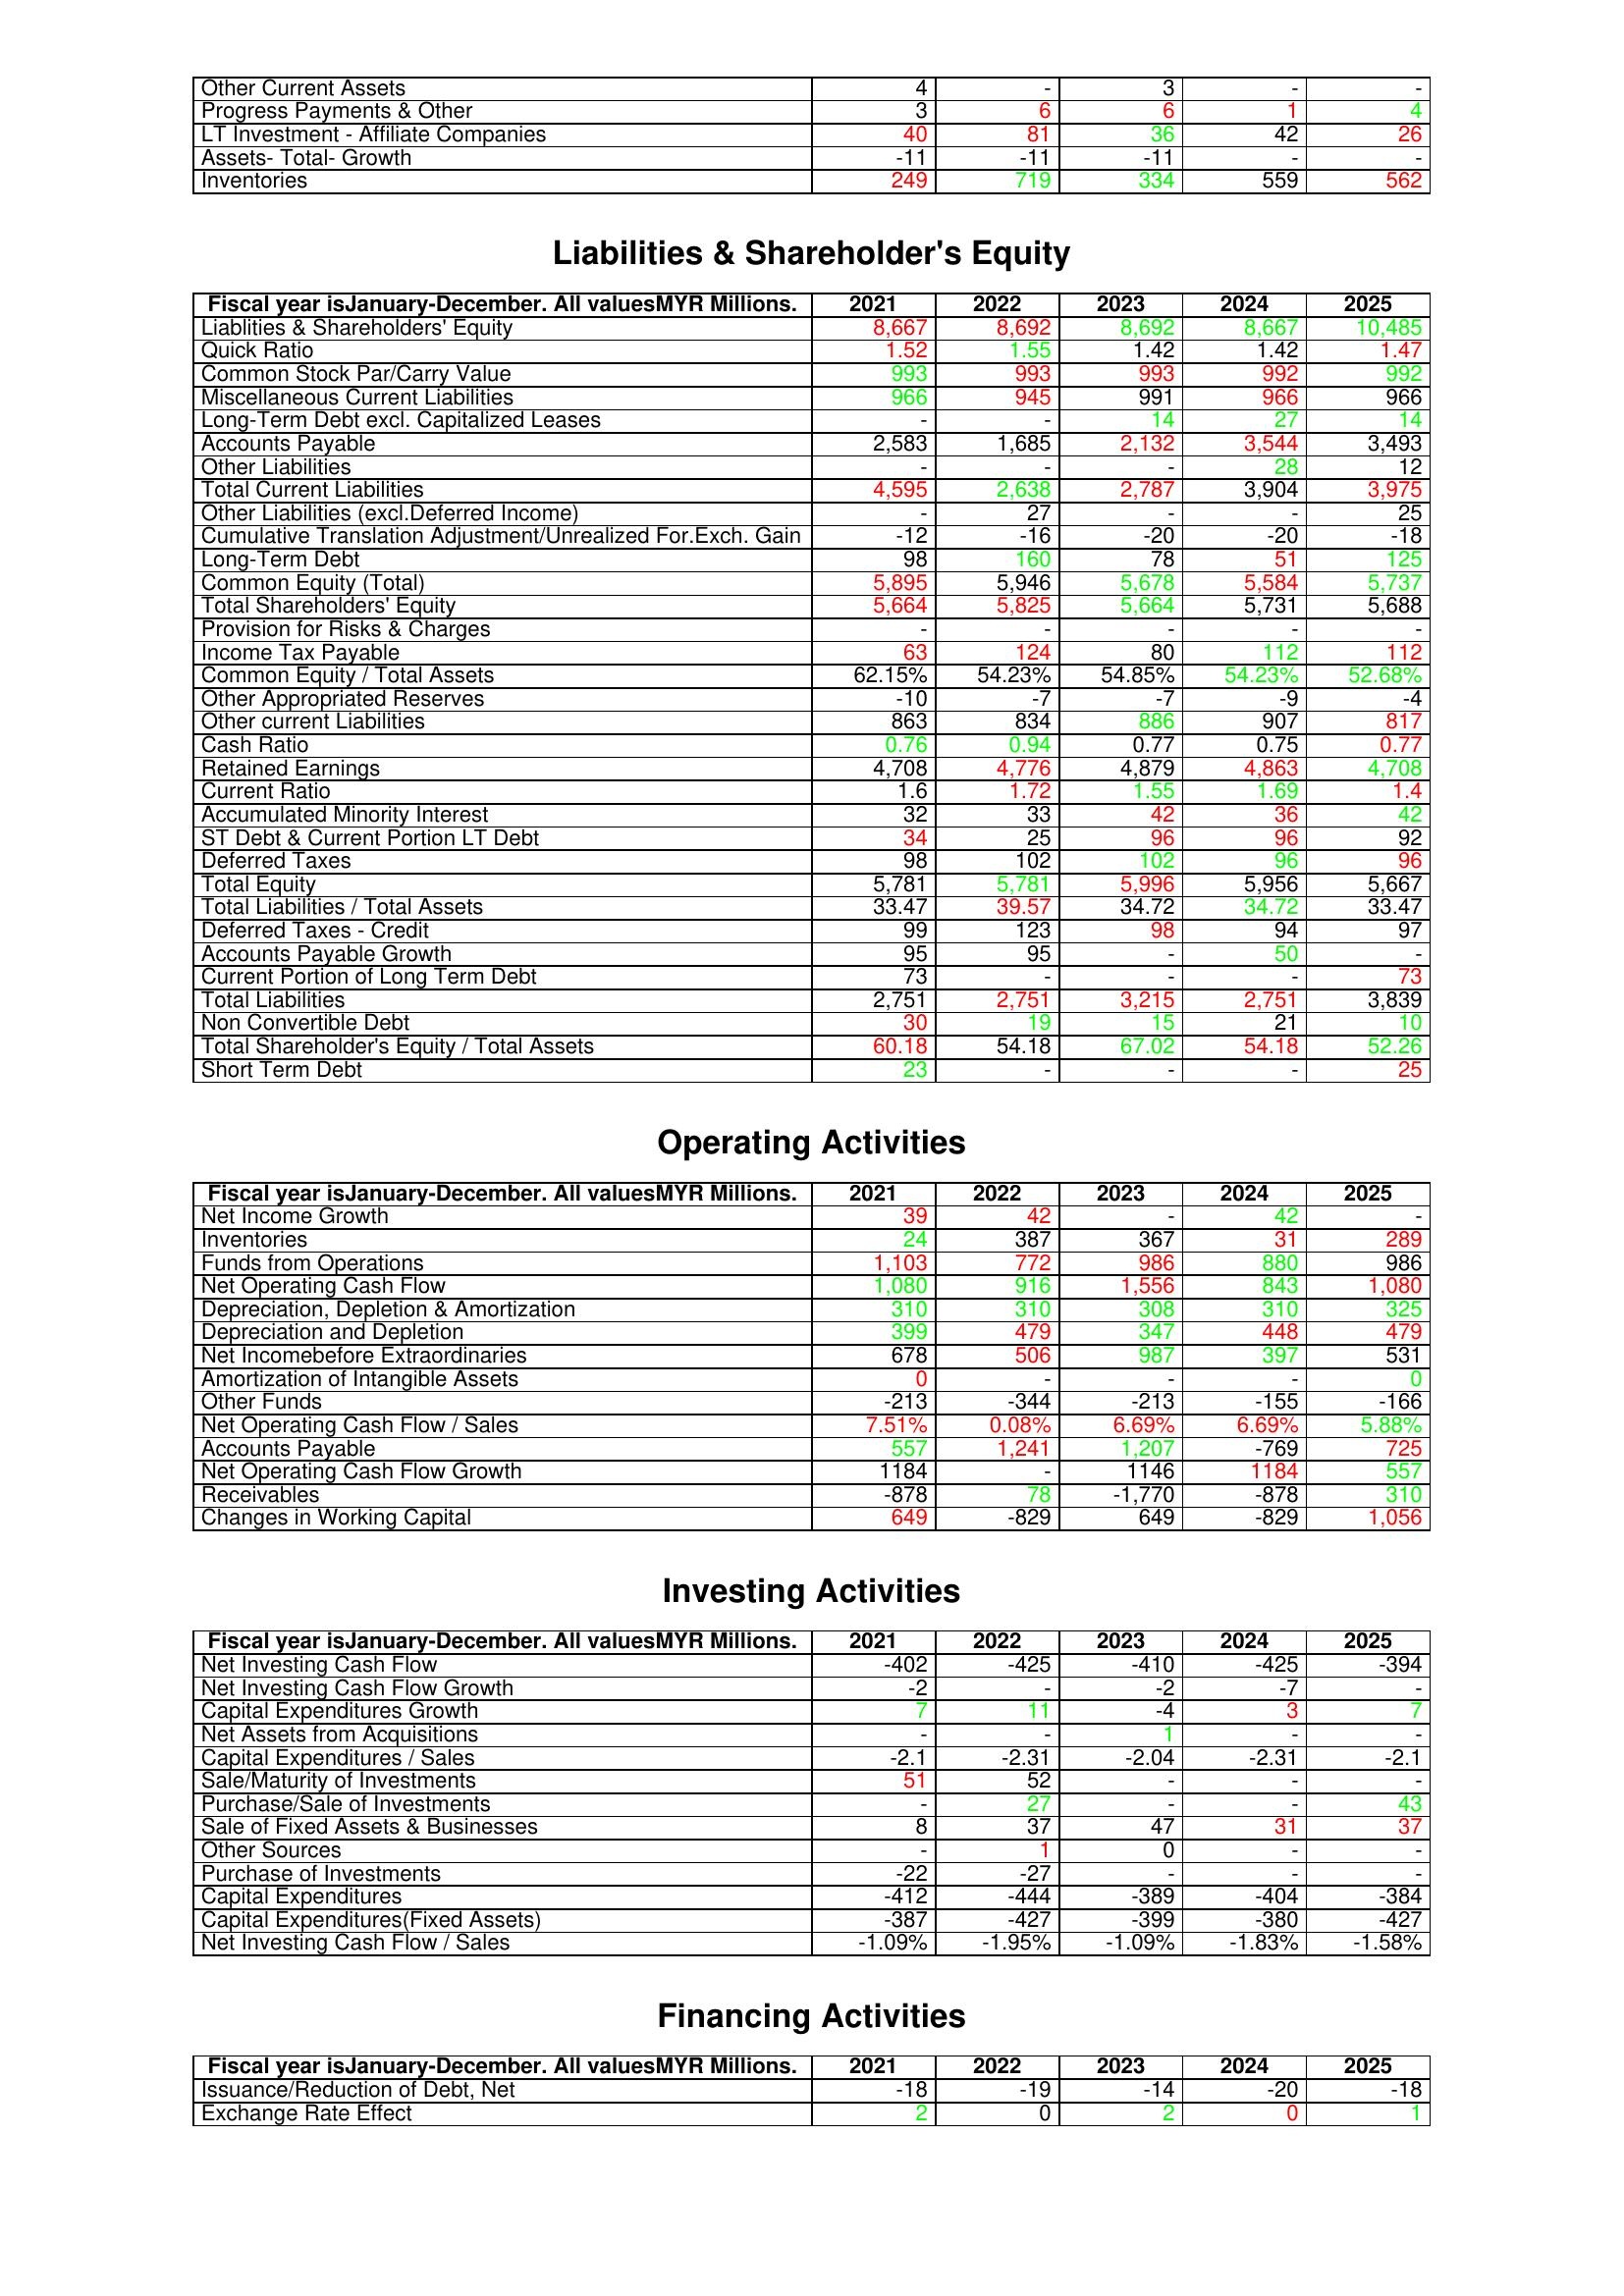
gt_parse: 2021: Assets: Other Current Assets: 4
Progress Payments & Other: 3
LT Investment - Affiliate Companies: 40
Assets- Total- Growth: -11
Inventories: 249
Liabilities & Shareholder's Equity: Liablities & Shareholders' Equity: 8,667
Quick Ratio: 1.52
Common Stock Par/Carry Value: 993
Miscellaneous Current Liabilities: 966
Long-Term Debt excl. Capitalized Leases: -
Accounts Payable: 2,583
Other Liabilities: -
Total Current Liabilities: 4,595
Other Liabilities (excl.Deferred Income): -
Cumulative Translation Adjustment/Unrealized For.Exch. Gain: -12
Long-Term Debt: 98
Common Equity (Total): 5,895
Total Shareholders' Equity: 5,664
Provision for Risks & Charges: -
Income Tax Payable: 63
Common Equity / Total Assets: 62.15%
Other Appropriated Reserves: -10
Other current Liabilities: 863
Cash Ratio: 0.76
Retained Earnings: 4,708
Current Ratio: 1.6
Accumulated Minority Interest: 32
ST Debt & Current Portion LT Debt: 34
Deferred Taxes: 98
Total Equity: 5,781
Total Liabilities / Total Assets: 33.47
Deferred Taxes - Credit: 99
Accounts Payable Growth: 95
Current Portion of Long Term Debt: 73
Total Liabilities: 2,751
Non Convertible Debt: 30
Total Shareholder's Equity / Total Assets: 60.18
Short Term Debt: 23
Operating Activities: Net Income Growth: 39
Inventories: 24
Funds from Operations: 1,103
Net Operating Cash Flow: 1,080
Depreciation, Depletion & Amortization: 310
Depreciation and Depletion: 399
Net Incomebefore Extraordinaries: 678
Amortization of Intangible Assets: 0
Other Funds: -213
Net Operating Cash Flow / Sales: 7.51%
Accounts Payable: 557
Net Operating Cash Flow Growth: 1184
Receivables: -878
Changes in Working Capital: 649
Investing Activities: Net Investing Cash Flow: -402
Net Investing Cash Flow Growth: -2
Capital Expenditures Growth: 7
Net Assets from Acquisitions: -
Capital Expenditures / Sales: -2.1
Sale/Maturity of Investments: 51
Purchase/Sale of Investments: -
Sale of Fixed Assets & Businesses: 8
Other Sources: -
Purchase of Investments: -22
Capital Expenditures: -412
Capital Expenditures(Fixed Assets): -387
Net Investing Cash Flow / Sales: -1.09%
Financing Activities: Issuance/Reduction of Debt, Net: -18
Exchange Rate Effect: 2
2022: Assets: Other Current Assets: -
Progress Payments & Other: 6
LT Investment - Affiliate Companies: 81
Assets- Total- Growth: -11
Inventories: 719
Liabilities & Shareholder's Equity: Liablities & Shareholders' Equity: 8,692
Quick Ratio: 1.55
Common Stock Par/Carry Value: 993
Miscellaneous Current Liabilities: 945
Long-Term Debt excl. Capitalized Leases: -
Accounts Payable: 1,685
Other Liabilities: -
Total Current Liabilities: 2,638
Other Liabilities (excl.Deferred Income): 27
Cumulative Translation Adjustment/Unrealized For.Exch. Gain: -16
Long-Term Debt: 160
Common Equity (Total): 5,946
Total Shareholders' Equity: 5,825
Provision for Risks & Charges: -
Income Tax Payable: 124
Common Equity / Total Assets: 54.23%
Other Appropriated Reserves: -7
Other current Liabilities: 834
Cash Ratio: 0.94
Retained Earnings: 4,776
Current Ratio: 1.72
Accumulated Minority Interest: 33
ST Debt & Current Portion LT Debt: 25
Deferred Taxes: 102
Total Equity: 5,781
Total Liabilities / Total Assets: 39.57
Deferred Taxes - Credit: 123
Accounts Payable Growth: 95
Current Portion of Long Term Debt: -
Total Liabilities: 2,751
Non Convertible Debt: 19
Total Shareholder's Equity / Total Assets: 54.18
Short Term Debt: -
Operating Activities: Net Income Growth: 42
Inventories: 387
Funds from Operations: 772
Net Operating Cash Flow: 916
Depreciation, Depletion & Amortization: 310
Depreciation and Depletion: 479
Net Incomebefore Extraordinaries: 506
Amortization of Intangible Assets: -
Other Funds: -344
Net Operating Cash Flow / Sales: 0.08%
Accounts Payable: 1,241
Net Operating Cash Flow Growth: -
Receivables: 78
Changes in Working Capital: -829
Investing Activities: Net Investing Cash Flow: -425
Net Investing Cash Flow Growth: -
Capital Expenditures Growth: 11
Net Assets from Acquisitions: -
Capital Expenditures / Sales: -2.31
Sale/Maturity of Investments: 52
Purchase/Sale of Investments: 27
Sale of Fixed Assets & Businesses: 37
Other Sources: 1
Purchase of Investments: -27
Capital Expenditures: -444
Capital Expenditures(Fixed Assets): -427
Net Investing Cash Flow / Sales: -1.95%
Financing Activities: Issuance/Reduction of Debt, Net: -19
Exchange Rate Effect: 0
2023: Assets: Other Current Assets: 3
Progress Payments & Other: 6
LT Investment - Affiliate Companies: 36
Assets- Total- Growth: -11
Inventories: 334
Liabilities & Shareholder's Equity: Liablities & Shareholders' Equity: 8,692
Quick Ratio: 1.42
Common Stock Par/Carry Value: 993
Miscellaneous Current Liabilities: 991
Long-Term Debt excl. Capitalized Leases: 14
Accounts Payable: 2,132
Other Liabilities: -
Total Current Liabilities: 2,787
Other Liabilities (excl.Deferred Income): -
Cumulative Translation Adjustment/Unrealized For.Exch. Gain: -20
Long-Term Debt: 78
Common Equity (Total): 5,678
Total Shareholders' Equity: 5,664
Provision for Risks & Charges: -
Income Tax Payable: 80
Common Equity / Total Assets: 54.85%
Other Appropriated Reserves: -7
Other current Liabilities: 886
Cash Ratio: 0.77
Retained Earnings: 4,879
Current Ratio: 1.55
Accumulated Minority Interest: 42
ST Debt & Current Portion LT Debt: 96
Deferred Taxes: 102
Total Equity: 5,996
Total Liabilities / Total Assets: 34.72
Deferred Taxes - Credit: 98
Accounts Payable Growth: -
Current Portion of Long Term Debt: -
Total Liabilities: 3,215
Non Convertible Debt: 15
Total Shareholder's Equity / Total Assets: 67.02
Short Term Debt: -
Operating Activities: Net Income Growth: -
Inventories: 367
Funds from Operations: 986
Net Operating Cash Flow: 1,556
Depreciation, Depletion & Amortization: 308
Depreciation and Depletion: 347
Net Incomebefore Extraordinaries: 987
Amortization of Intangible Assets: -
Other Funds: -213
Net Operating Cash Flow / Sales: 6.69%
Accounts Payable: 1,207
Net Operating Cash Flow Growth: 1146
Receivables: -1,770
Changes in Working Capital: 649
Investing Activities: Net Investing Cash Flow: -410
Net Investing Cash Flow Growth: -2
Capital Expenditures Growth: -4
Net Assets from Acquisitions: 1
Capital Expenditures / Sales: -2.04
Sale/Maturity of Investments: -
Purchase/Sale of Investments: -
Sale of Fixed Assets & Businesses: 47
Other Sources: 0
Purchase of Investments: -
Capital Expenditures: -389
Capital Expenditures(Fixed Assets): -399
Net Investing Cash Flow / Sales: -1.09%
Financing Activities: Issuance/Reduction of Debt, Net: -14
Exchange Rate Effect: 2
2024: Assets: Other Current Assets: -
Progress Payments & Other: 1
LT Investment - Affiliate Companies: 42
Assets- Total- Growth: -
Inventories: 559
Liabilities & Shareholder's Equity: Liablities & Shareholders' Equity: 8,667
Quick Ratio: 1.42
Common Stock Par/Carry Value: 992
Miscellaneous Current Liabilities: 966
Long-Term Debt excl. Capitalized Leases: 27
Accounts Payable: 3,544
Other Liabilities: 28
Total Current Liabilities: 3,904
Other Liabilities (excl.Deferred Income): -
Cumulative Translation Adjustment/Unrealized For.Exch. Gain: -20
Long-Term Debt: 51
Common Equity (Total): 5,584
Total Shareholders' Equity: 5,731
Provision for Risks & Charges: -
Income Tax Payable: 112
Common Equity / Total Assets: 54.23%
Other Appropriated Reserves: -9
Other current Liabilities: 907
Cash Ratio: 0.75
Retained Earnings: 4,863
Current Ratio: 1.69
Accumulated Minority Interest: 36
ST Debt & Current Portion LT Debt: 96
Deferred Taxes: 96
Total Equity: 5,956
Total Liabilities / Total Assets: 34.72
Deferred Taxes - Credit: 94
Accounts Payable Growth: 50
Current Portion of Long Term Debt: -
Total Liabilities: 2,751
Non Convertible Debt: 21
Total Shareholder's Equity / Total Assets: 54.18
Short Term Debt: -
Operating Activities: Net Income Growth: 42
Inventories: 31
Funds from Operations: 880
Net Operating Cash Flow: 843
Depreciation, Depletion & Amortization: 310
Depreciation and Depletion: 448
Net Incomebefore Extraordinaries: 397
Amortization of Intangible Assets: -
Other Funds: -155
Net Operating Cash Flow / Sales: 6.69%
Accounts Payable: -769
Net Operating Cash Flow Growth: 1184
Receivables: -878
Changes in Working Capital: -829
Investing Activities: Net Investing Cash Flow: -425
Net Investing Cash Flow Growth: -7
Capital Expenditures Growth: 3
Net Assets from Acquisitions: -
Capital Expenditures / Sales: -2.31
Sale/Maturity of Investments: -
Purchase/Sale of Investments: -
Sale of Fixed Assets & Businesses: 31
Other Sources: -
Purchase of Investments: -
Capital Expenditures: -404
Capital Expenditures(Fixed Assets): -380
Net Investing Cash Flow / Sales: -1.83%
Financing Activities: Issuance/Reduction of Debt, Net: -20
Exchange Rate Effect: 0
2025: Assets: Other Current Assets: -
Progress Payments & Other: 4
LT Investment - Affiliate Companies: 26
Assets- Total- Growth: -
Inventories: 562
Liabilities & Shareholder's Equity: Liablities & Shareholders' Equity: 10,485
Quick Ratio: 1.47
Common Stock Par/Carry Value: 992
Miscellaneous Current Liabilities: 966
Long-Term Debt excl. Capitalized Leases: 14
Accounts Payable: 3,493
Other Liabilities: 12
Total Current Liabilities: 3,975
Other Liabilities (excl.Deferred Income): 25
Cumulative Translation Adjustment/Unrealized For.Exch. Gain: -18
Long-Term Debt: 125
Common Equity (Total): 5,737
Total Shareholders' Equity: 5,688
Provision for Risks & Charges: -
Income Tax Payable: 112
Common Equity / Total Assets: 52.68%
Other Appropriated Reserves: -4
Other current Liabilities: 817
Cash Ratio: 0.77
Retained Earnings: 4,708
Current Ratio: 1.4
Accumulated Minority Interest: 42
ST Debt & Current Portion LT Debt: 92
Deferred Taxes: 96
Total Equity: 5,667
Total Liabilities / Total Assets: 33.47
Deferred Taxes - Credit: 97
Accounts Payable Growth: -
Current Portion of Long Term Debt: 73
Total Liabilities: 3,839
Non Convertible Debt: 10
Total Shareholder's Equity / Total Assets: 52.26
Short Term Debt: 25
Operating Activities: Net Income Growth: -
Inventories: 289
Funds from Operations: 986
Net Operating Cash Flow: 1,080
Depreciation, Depletion & Amortization: 325
Depreciation and Depletion: 479
Net Incomebefore Extraordinaries: 531
Amortization of Intangible Assets: 0
Other Funds: -166
Net Operating Cash Flow / Sales: 5.88%
Accounts Payable: 725
Net Operating Cash Flow Growth: 557
Receivables: 310
Changes in Working Capital: 1,056
Investing Activities: Net Investing Cash Flow: -394
Net Investing Cash Flow Growth: -
Capital Expenditures Growth: 7
Net Assets from Acquisitions: -
Capital Expenditures / Sales: -2.1
Sale/Maturity of Investments: -
Purchase/Sale of Investments: 43
Sale of Fixed Assets & Businesses: 37
Other Sources: -
Purchase of Investments: -
Capital Expenditures: -384
Capital Expenditures(Fixed Assets): -427
Net Investing Cash Flow / Sales: -1.58%
Financing Activities: Issuance/Reduction of Debt, Net: -18
Exchange Rate Effect: 1